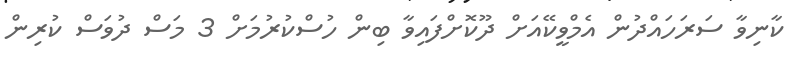
ކާނިވާ ސަރަހައްދުން އެމްވީކޭއަށް ދޫކޮށްފައިވާ ބިން ހުސްކުރުމަށް 3 މަސް ދުވަސް ކުރިން